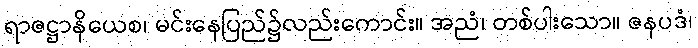
ရာဇဋ္ဌာနိယေစ၊ မင်းနေပြည်၌လည်းကောင်း။ အညံ၊ တစ်ပါးသော။ ဇနပဒံ၊